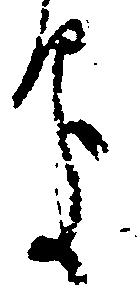
処